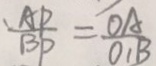
\frac { A P } { B P } = \frac { O A } { O _ { 1 } B }